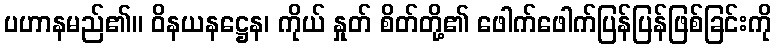
ပဟာနမည်၏။ ဝိနယနဋ္ဌေန၊ ကိုယ် နှုတ် စိတ်တို့၏ ဖေါက်ဖေါက်ပြန်ပြန်ဖြစ်ခြင်းကို